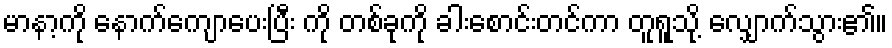
မာနာ့ကို နောက်ကျောပေးပြီး ကို တစ်ခုကို ခါးစောင်းတင်ကာ တူရူသို့ လျှောက်သွား၏။